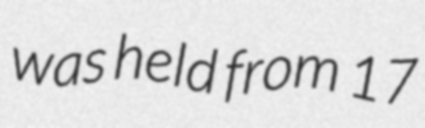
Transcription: was held from 17